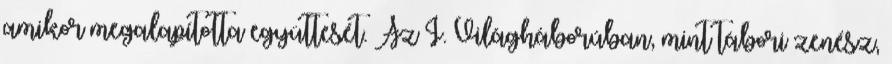
amikor megalapította együttesét. Az I. Világháborúban, mint tábori zenész,